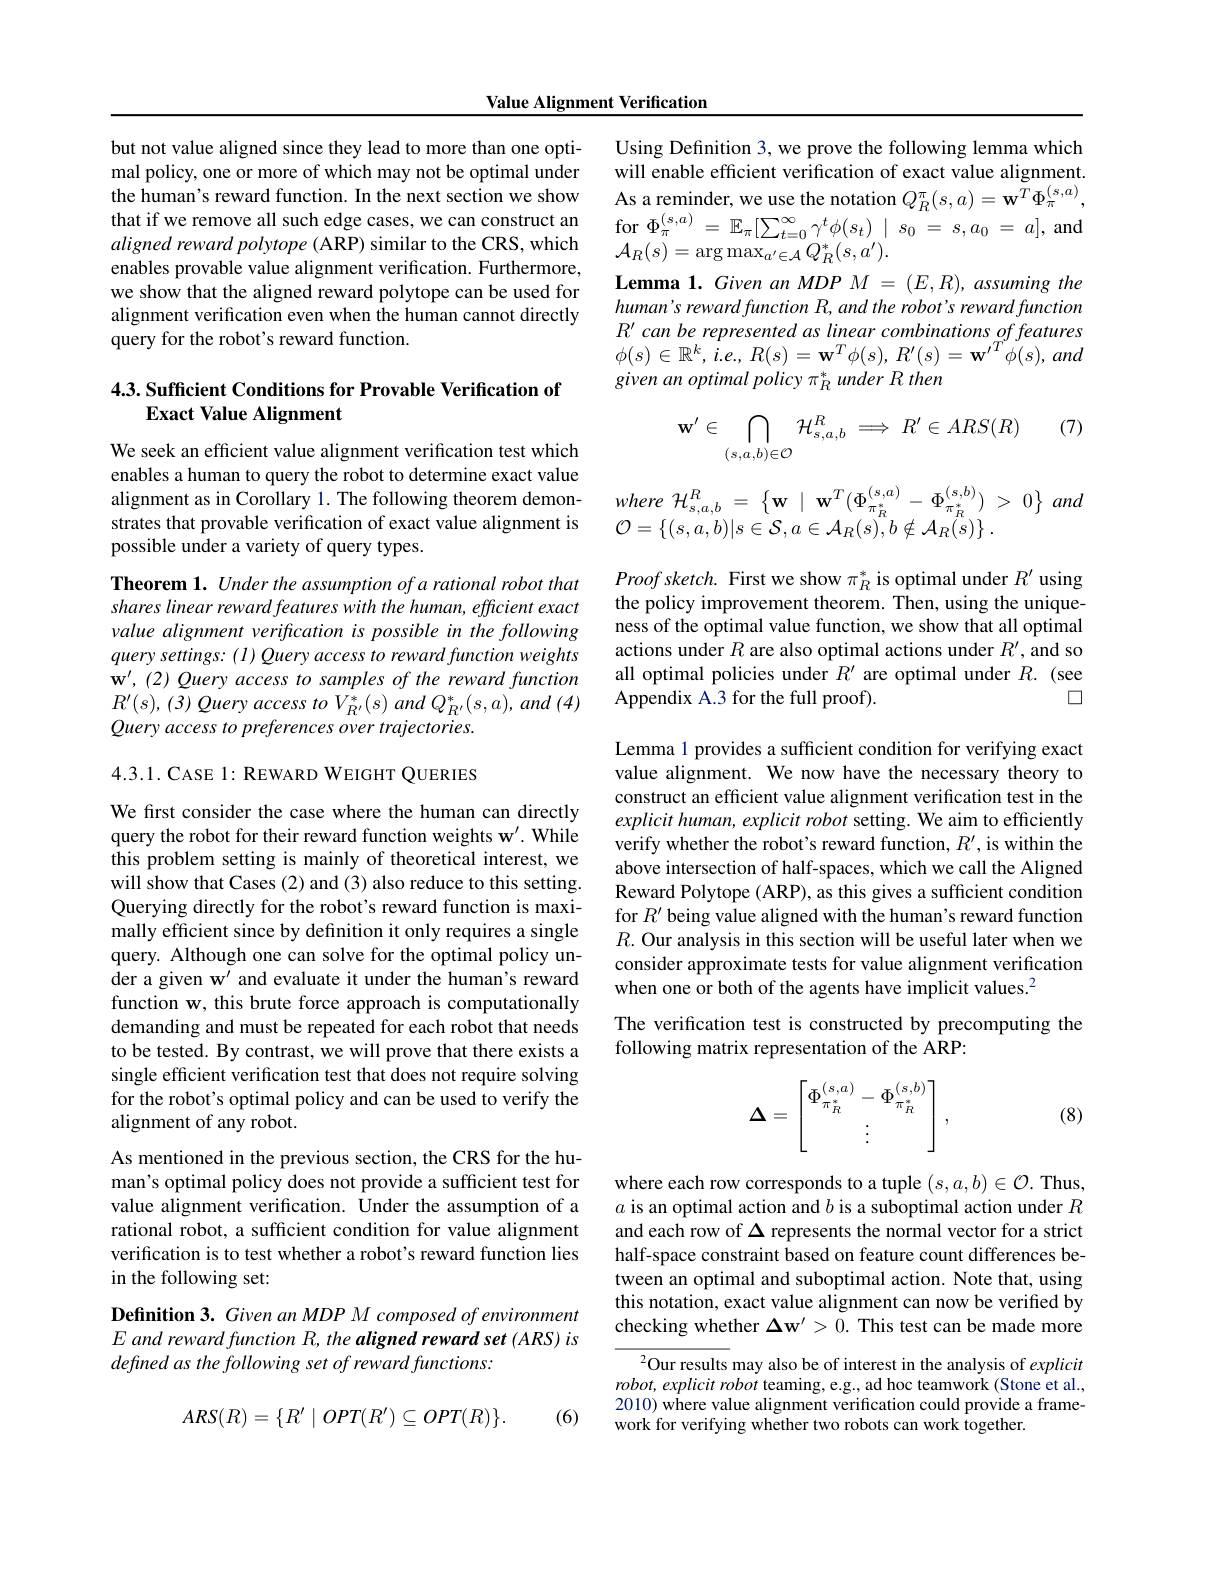
Value Alignment Verification

but not value aligned since they lead to more than one optimal policy, one or more of which may not be optimal under the human's reward function. In the next section we show that if we remove all such edge cases, we can construct an for $\Phi _{\pi }^{( s, a) }= \mathbb{E} _{\pi }[ \sum _{t= 0}^{\infty }\gamma ^{t}\phi ( s_{t}) \mid s_{0}= s, a_{0}= a] $,and $aligned~reward~polvtope~(ARP)~similar~to~the~CRS,~which~Ar(e)=~arg~mov~t.~a^{*}~(~a^{\prime})$
aligned reward polytope (ARP) similar to the CRS, which enables provable value alignment verification. Furthermore, we show that the aligned reward polytope can be used for alignment verification even when the human cannot directly query for the robot's reward function.

## 4.3. Sufficient Conditions for Provable Verification of Exact Value Alignment

We seek an efficient value alignment verification test which enables a human to query the robot to determine exact value $\begin{array}{rl}\text{alignment as in Corollary 1. The following theorem demon-}&&where~\mathcal{H}_{s,a,b}^{R}=\left\{\mathbf{w}\mid\mathbf{w}^{T}(\Phi_{\pi_R^*}^{(s,a)}-\Phi_{\pi_R^*^{(s,b)}}^{(s,b)})>0\right\}\\\text{strates that provable verification of exact value alignment is}&&\mathcal{O}=\left\{(s,a,b)|s\in\mathcal{S},a\in\mathcal{A}_R(s),b$
possible under a variety of query types.

Theorem 1. Under the assumption of a rational robot that shares linear reward features with the human, efficient exact value alignment verification is possible in the following query settings: ( I) Query access to reward function weights $\mathbf{w}^{\prime},(2)$ Query access to samples of the reward function $R^{\prime}(s),(3)$ Query access to $V_{R^{\prime}}^{*}(s)$ and $Q_{R^{\prime}}^{*}(s,a)$, and (4) Query access to preferences over trajectories.

4.3.1. CASE 1: REWARD WEIGHT QUERIES

We first consider the case where the human can directly query the robot for their reward function weights w'. While this problem setting is mainly of theoretical interest, we will show that Cases (2) and (3) also reduce to this setting. Querying directly for the robot's reward function is maximally efficient since by definition it only requires a single query. Although one can solve for the optimal policy under a given w' and evaluate it under the human's reward function w, this brute force approach is computationally demanding and must be repeated for each robot that needs to be tested. By contrast, we will prove that there exists a single efficient verification test that does not require solving for the robot's optimal policy and can be used to verify the alignment of any robot.

As mentioned in the previous section, the CRS for the human's optimal policy does not provide a sufficient test for value alignment verification. Under the assumption of a rational robot, a sufficient condition for value alignment verification is to test whether a robot's reward function lies in the following set:

Definition 3. Given an MDP M composed of environment $E\textit{ and reward function R, the aligned reward set ( ARS) is}$ defned as the following set of reward functions:

(6)
$$ARS(R)=\{R'\mid OPT(R')\subseteq OPT(R)\}.$$
Using Definition 3, we prove the following lemma which will enable efficient verification of exact value alignment. As a reminder, we use the notation $Q_R^{\pi}(s,a)=\tilde{\mathbf{w}}^{T}\Phi_{\pi}^{(s,a)}$, $\mathcal{A}_R(s)=\arg\max_{a^{\prime}\in\mathcal{A}}Q_R^*(s,a^{\prime}).$
$\textbf{Lemma 1. Given an MDP }M= ( E, R) , assumingthe$ human's reward function R, and the robot's reward function $R^{\prime}$ can be represented as linear combinations of features $\phi ( s) \in \mathbb{R} ^{k}$, $\dot{i} . e$, $R( s) = \mathbf{w} ^{T}\phi ( s) $, $R^{\prime }( s) = \mathbf{w} ^{\prime T}\phi ( s) $, and given an optimal policy $\pi_R^*$ under R then
$$\mathbf{w}'\in\bigcap\limits_{(s,a,b)\in\mathcal{O}}\mathcal{H}_{s,a,b}^{R}\implies R'\in ARS(R)\quad(7)$$
$Proofsketch.$ First we show $\pi_R^*$ is optimal under $R^\prime$ using the policy improvement theorem. Then, using the uniqueness of the optimal value function, we show that all optimal actions under $R$ are also optimal actions under $R^\prime$, and so all optimal policies under $R^\prime$ are optimal under $R.$ (see
$\square$
Appendix A.3 for the full proof).

Lemma 1 provides a sufficient condition for verifying exact value alignment. We now have the necessary theory to construct an efficient value alignment verification test in the explicit human, explicit robot setting. We aim to efficiently verify whether the robot's reward function, $R^\prime$, is within the above intersection of half-spaces, which we call the Aligned Reward Polytope (ARP), as this gives a suffcient condition for $R^{\prime}$ being value aligned with the human's reward function $R.$ Our analysis in this section will be useful later when we consider approximate tests for value alignment verification when one or both of the agents have implicit values.$^2$
The verification test is constructed by precomputing the
following matrix representation of the ARP:

(8)
$$\boldsymbol{\Delta}=\begin{bmatrix}\Phi_{\pi_R^*}^{(s,a)}-\Phi_{\pi_R^*}^{(s,b)}\\\vdots\end{bmatrix},$$
where each row corresponds to a tuple $(s,a,b)\in\mathcal{O}.$ Thus, $a$ is an optimal action and $b$ is a suboptimal action under $R$ and each row of $\Delta$ represents the normal vector for a strict half-space constraint based on feature count differences between an optimal and suboptimal action. Note that, using this notation, exact value alignment can now be verified by checking whether $\Delta\mathbf{w}^{\prime}>0.$ This test can be made more

${^{2}\text{Our results may also be of interest in the analysis of explicit}}$ $robot,explicitrobot$ teaming, e.g., ad hoc teamwork (Stone et al., 2010) where value alignment verification could provide a framework for verifying whether two robots can work together.